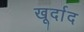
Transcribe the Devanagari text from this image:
खूर्दाद